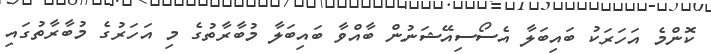
ކޮންމެ އަހަރަކު ބައިބަލާ އެސޯސިއޭޝަނުން ބާއްވާ ބައިބަލާ މުބާރާތުގެ މި އަހަރުގެ މުބާރާތުގައި